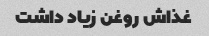
غذاش روغن زیاد داشت